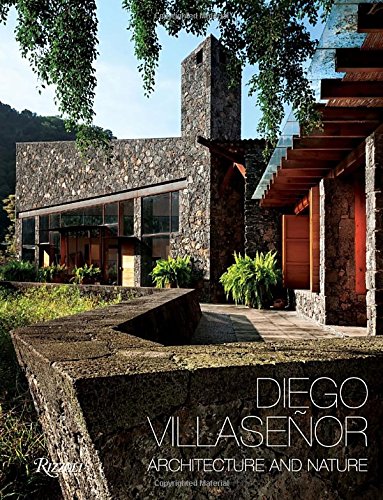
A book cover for Diego Villasenor: Architecture and Nature; Diego Villasenor; Arts & Photography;